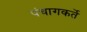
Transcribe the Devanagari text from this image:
पंचागकर्ते